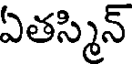
ఏతస్మిన్